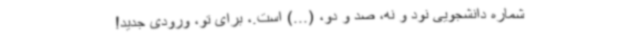
شماره‌ دانشجویی نود و نه، صد و دو، (...) است.، برای تو، ورودی جدید!